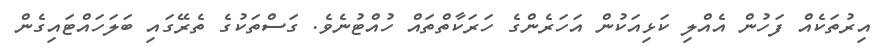
އިރުތަކެއް ފަހުން އެއްލި ކަޅިއަކުން އަހަރެންގެ ހަރަކާތްތައް ހުއްޓުނެވެ. ގަސްތަކުގެ ތެރޭގައި ބަލަހައްޓައިގެން